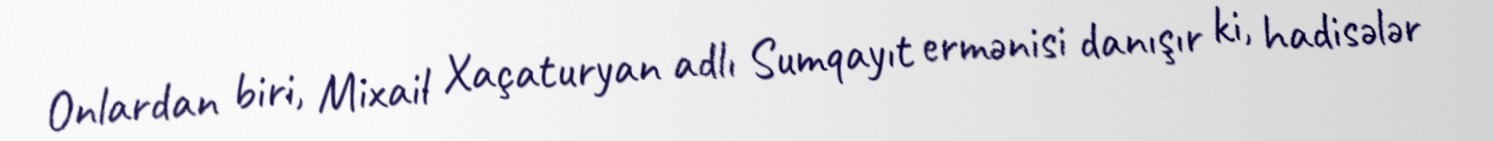
Onlardan biri, Mixail Xaçaturyan adlı Sumqayıt ermənisi danışır ki, hadisələr